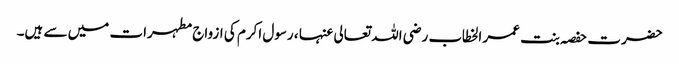
حضرت حفصہ بنت عمر الخطاب رضی اللہ تعالی عنہا ، رسول اکرم کی ازواج مطہرات میں سے ہیں۔